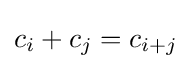
c_{i}+c_{j}=c_{i+j}